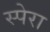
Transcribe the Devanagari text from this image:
स्पेरा